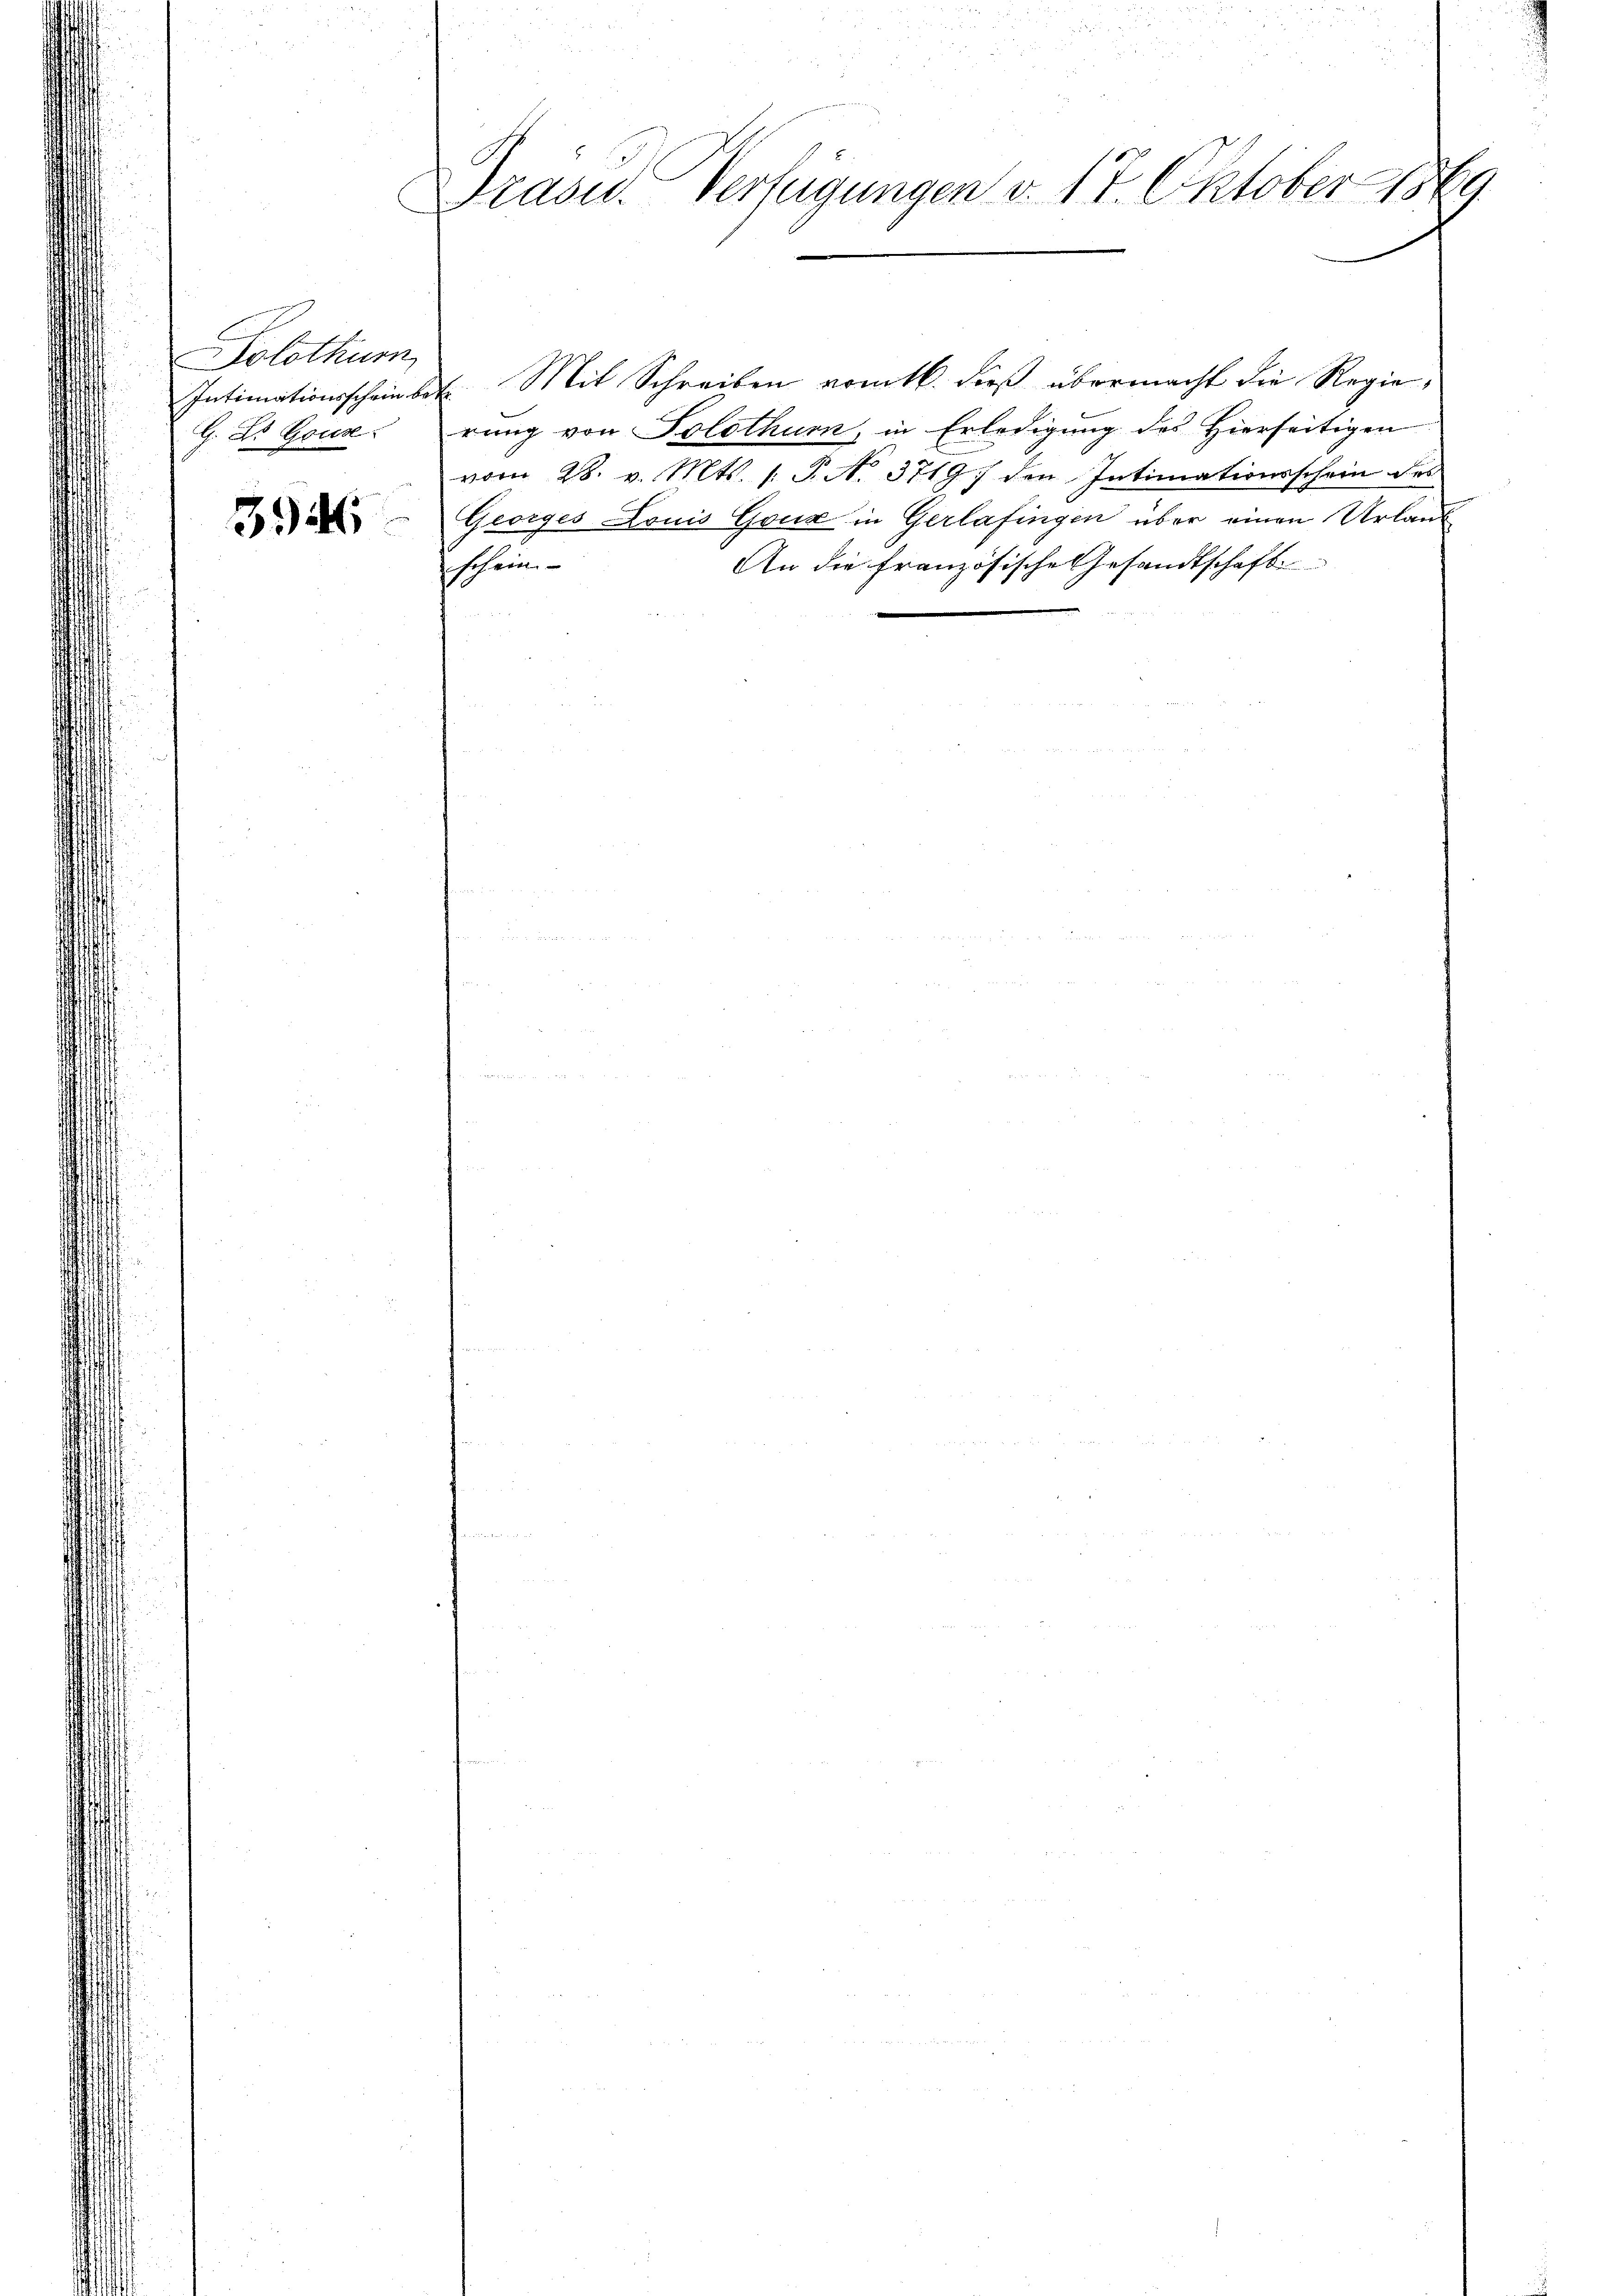
Solothur
Intimationsschein be¬
G. L. Gous.

394

Drasu. Verfügungen v. 17. Oktober 1889

6. Mit Schreiben vomtl. dieß übermacht die Regierung von Solothurn, in Erledigung des Hierseitigen
vom 28. v. Mts. 1. P. N. 3719. den Intimationsschein des
Georges Louis Goux in Gerlafingen über einen Urlaub
An die französische Gesandtschaft
schein